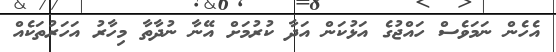
އެހެން ނަމަވެސް ހައްޖުގެ އަޅުކަން އަދާ ކުރުމަށް އޭނާ ނުދާތާ މިހާރު އަހަރުތަކެއް